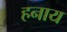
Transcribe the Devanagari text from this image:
हनाय